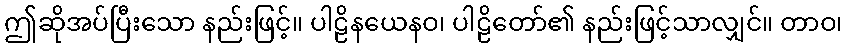
ဤဆိုအပ်ပြီးသော နည်းဖြင့်။ ပါဠိနယေနဝ၊ ပါဠိတော်၏ နည်းဖြင့်သာလျှင်။ တာဝ၊